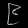
Digit: ၉